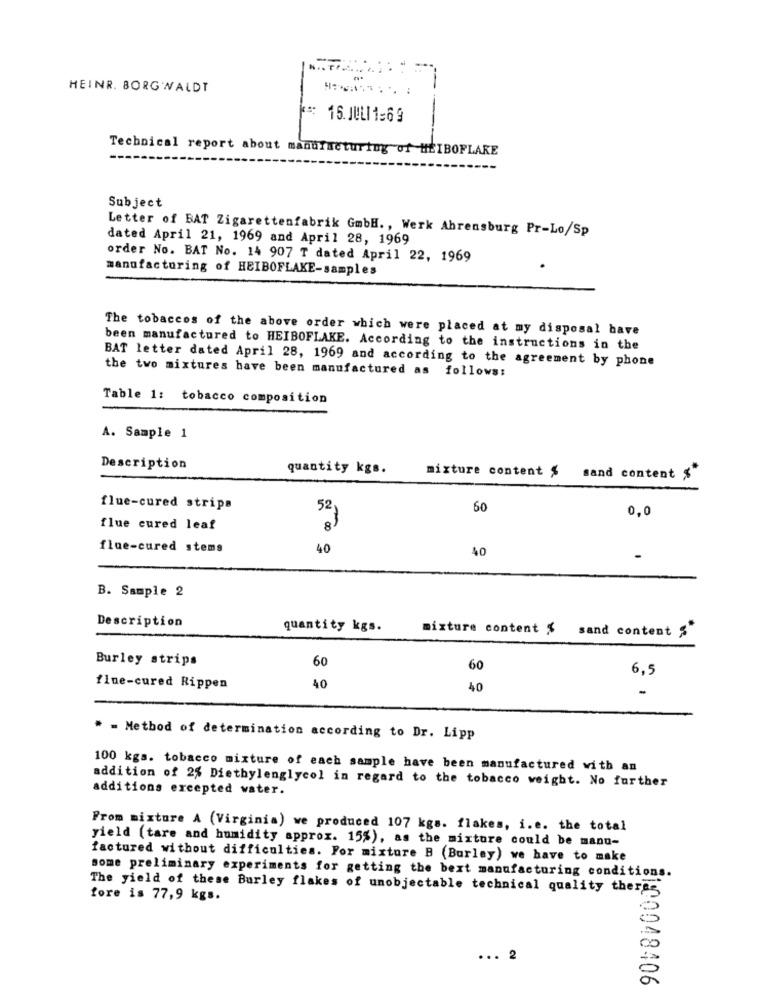
HEINR. BORG WALDT
---
15. JULI1:69
Technical report about manufacturing of HEIBOFLAKE
Subject
Letter of BAT Zigarettenfabrik GmbH ., Werk Ahrensburg Pr-Lo/Sp
dated April 21, 1969 and April 28, 1969
order No. BAT No. 14 907 T dated April 22, 1969
manufacturing of HEIBOFLAKE-samples
The tobaccos of the above order which were placed at my disposal bave
been manufactured to HEIBOFLAKE. According to the instructions in the
BAT letter dated April 28, 1969 and according to the agreement by phone
the two mixtures have been manufactured as follows:
Table 1: tobacco composition
A. Sample 1
Description
quantity kgs.
mixture content $ sand content ""
flue-cured strips
52
60
0,0
flue cured leaf
8
flue-cured stems
40
40
B. Sample 2
Description
quantity kgs.
mixture content $ sand content $
Burley strips
60
60
6,5
flue-cured Rippen
40
40
-
* = Method of determination according to Dr. Lipp
100 kgs. tobacco mixture of each sample have been manufactured with an
addition of 2% Diethylenglycol in regard to the tobacco weight. No further
additions excepted water.
Prom mixture A (Virginia) we produced 107 kgs. flakes, i.e. the total
yield (tare and humidity approx. 15%), as the mixture could be manu-
factured without difficulties. For mixture B (Burley) we have to make
some preliminary experiments for getting the bext manufacturing conditions.
The field of these Burley flakes of unobjectable technical quality therss
fore is 77,9 kgs.
... 2
100048406